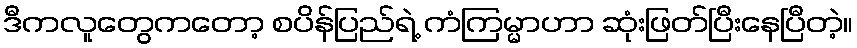
ဒီကလူတွေကတော့ စပိန်ပြည်ရဲ့ ကံကြမ္မာဟာ ဆုံးဖြတ်ပြီးနေပြီတဲ့။